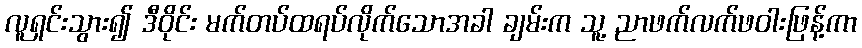
လူရှင်းသွား၍ ဒီဝိုင်း မက်တပ်ထရပ်လိုက်သောအခါ ချမ်းက သူ့ ညာဖက်လက်ဖဝါးဖြန့်ကာ